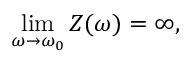
\operatorname* { l i m } _ { \omega \to \omega _ { 0 } } Z ( \omega ) = \infty ,